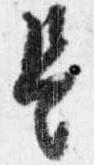
是